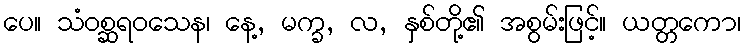
ပေ။ သံဝစ္ဆရဝသေန၊ နေ့, မက္ခ, လ, နှစ်တို့၏ အစွမ်းဖြင့်။ ယတ္တကော၊